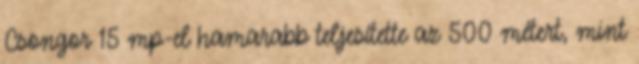
Csongor 15 mp-el hamarabb teljesítette az 500 métert, mint